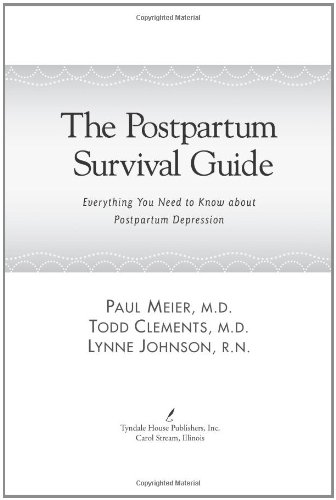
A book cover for The Postpartum Survival Guide: Everything You Need to Know about Postpartum Depression; Paul Meier; Health, Fitness & Dieting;